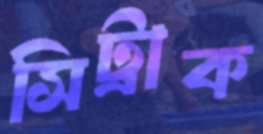
সিট্রাক